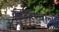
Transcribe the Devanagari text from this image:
कान्हेर्‍यांनी